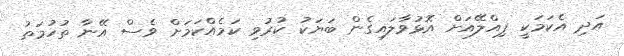
އަދި އެކަމަކީ ޕިއްލޭއަށް އޮޅުވާލައިގެން ބަޔަކު ކުރުވި ކަމެއްކަމަށް ވެސް އޭނާ ތުހުމަތު